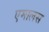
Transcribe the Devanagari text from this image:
एमालस